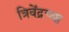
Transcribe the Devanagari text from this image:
त्रिवेंद्रच्या